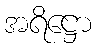
အရိဋ္ဌော